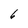
Character: 6